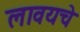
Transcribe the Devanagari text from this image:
लावयचे